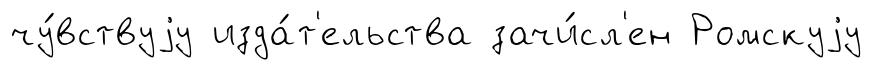
чу́вствуjу изда́т'ельства зачи́сл'ен Ромскуjу